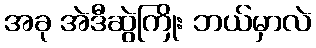
အခု အဲဒီဆွဲကြိုး ဘယ်မှာလဲ